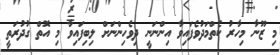
މި ޒޫނާ މިހާރު ކެތްމަދުވެފައިވާ އިންނަނީ ދިވެހިންނަށް ލިބިފައިވާ މި އޮތް ގުދުރަތީ